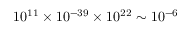
1 0 ^ { 1 1 } \times 1 0 ^ { - 3 9 } \times 1 0 ^ { 2 2 } \sim 1 0 ^ { - 6 }